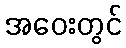
အဝေးတွင်